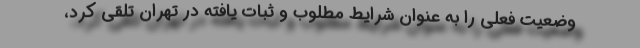
وضعیت فعلی را به عنوان شرایط مطلوب و ثبات یافته در تهران تلقی کرد،